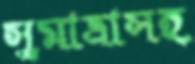
সুমাত্রাসহ